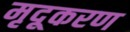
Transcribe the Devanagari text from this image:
मृदूकरण